Papaver somniferum - Opium : an extract from the sixth volume of the Dictionary of Economic Products of India
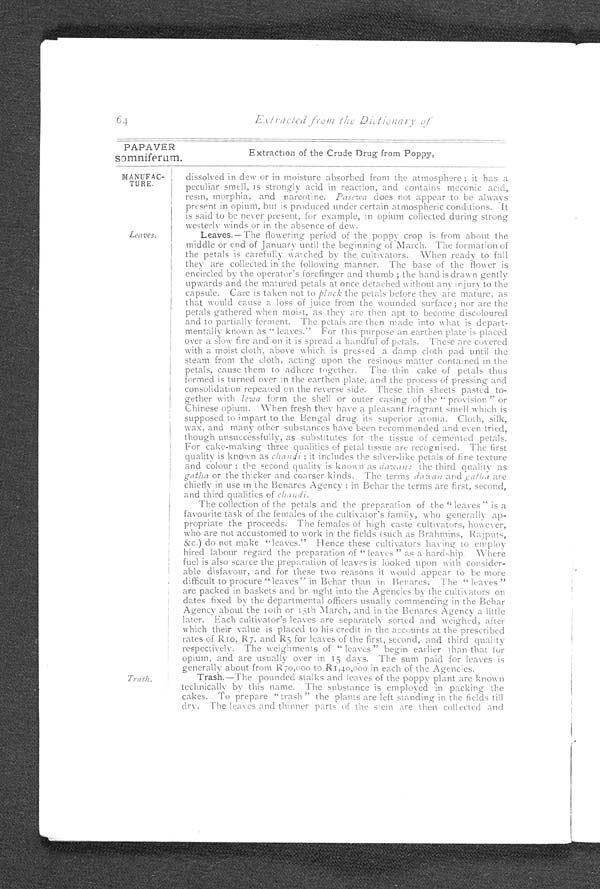
6 4
PAPAVER
somniferum.
Extracted from the Dictionary of
Extraction of the Crude Drug from Poppy,
MANUFAC-
TURE.
Leaves.
Trash.
dissolved in dew or in moisture absorbed from the atmosphere; it has a
peculiar smell, is strongly acid in reaction, and contains meconic acid,
resin, morphia, and narcotine. Pasewa does not appear to be always
present in opium, but is produced under certain atmospheric conditions. It
is said to be never present, for example, in opium collected during strong
westerly winds or in the absence of dew.
Leaves.—The flowering period of the poppy crop is from about the
middle or end of January until the beginning of March. The formation of
the petals is carefully watched by the cultivators. When ready to fall
they are collected in the following manner. The base of the flower is
encircled by the operator's forefinger and thumb; the hand is drawn gently
upwards and the matured petals at once detached without any injury to the
capsule. Care is taken not to pluck the petals before they are mature, as
that would cause a loss of juice from the wounded surface; nor are the
petals gathered when moist, as they are then apt to become discoloured
and to partially ferment. The petals are then made into what is depart
-mentally known as "leaves." For this purpose an earthen plate is placed
over a slow fire and on it is spread a handful of petals. These are covered
with a moist cloth, above which is pressed a damp cloth pad until the
steam from the cloth, acting upon the resinous matter contained in the
petals, cause them to adhere together. The thin cake of petals thus
formed is turned over in the earthen plate, and the process of pressing and
consolidation repeated on the reverse side. These thin sheets pasted to
-gether with lewa form the shell or outer casing of the "provision" or
Chinese opium. When fresh they have a pleasant fragrant smell which is
supposed to impart to the Bengal drug its superior aroma. Cloth, silk,
wax, and many other substances have been recommended and even tried,
though unsuccessfully, as substitutes for the tissue of cemented petals.
For cake-making three qualities of petal tissue are recognised. The first
quality is known as chandi: it includes the silver-like petals of fine texture
and colour: the second quality is known as dawan : the third quality as
gatha or the thicker and coarser kinds. The terms dawan and gatha are
chiefly in use in the Benares Agency: in Behar the terms are first, second,
and third qualities of chandi.
The collection of the petals and the preparation of the "leaves" is a
favourite task of the females of the cultivator's family, who generally ap
-propriate the proceeds. The females of high caste cultivators, however,
who are not accustomed to work in the fields (such as Brahmins, Rajputs,
&c.) do not make "leaves." Hence these cultivators having to employ
hired labour regard the preparation of "leaves" as a hardship. Where
fuel is also scarce the preparation of leaves is looked upon with consider-
able disfavour, and for these two reasons it would appear to be more
difficult to procure "leaves" in Behar than in Benares. The "leaves"
are packed in baskets and brought into the Agencies by the cultivators on
dates fixed by the departmental officers usually commencing in the Behar
Agency about the 10th or 15th March, and in the Benares Agency a little
later. Each cultivator's leaves are separately sorted and weighed, after
which their value is placed to his credit in the accounts at the prescribed
rates of R10, R7, and R5 for leaves of the first, second, and third quality
respectively. The weighments of "leaves" begin earlier than that for
opium, and are usually over in 15 days. The sum paid for leaves is
generally about from R70,000 to R1,40,000 in each of the Agencies.
Tr a s h . — T h e p o u n d e d s t a l k s a n d l e a v e s o ft
h e p o p p yp
l a n t a r e K n o w n
technically by this name. The substance is employed in packing the
cakes. To prepare "trash" the plants are left standing in the fields till
dry. The leaves and thinner parts of the stem are then collected and